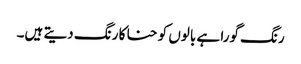
رنگ گورا ہے بالوں کو حنا کا رنگ دیتے ہیں۔